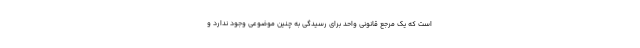
است که یک مرجع قانونی واحد برای رسیدگی به چنین موضوعی وجود ندارد و